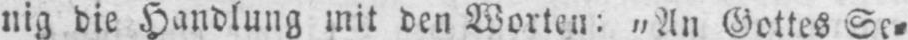
nig die Handlung mit den Worten: „An Gottes Se⸗